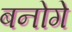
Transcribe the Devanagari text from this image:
बनोगे